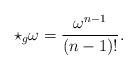
LaTeX: \begin{align*}\star_{g}\omega=\frac{\omega^{n-1}}{(n-1)!}.\end{align*}